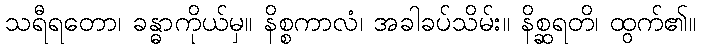
သရီရတော၊ ခန္ဓာကိုယ်မှ။ နိစ္စကာလံ၊ အခါခပ်သိမ်း။ နိစ္ဆရတိ၊ ထွက်၏။